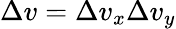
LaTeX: \Delta v=\Delta v_{x}\Delta v_{y}